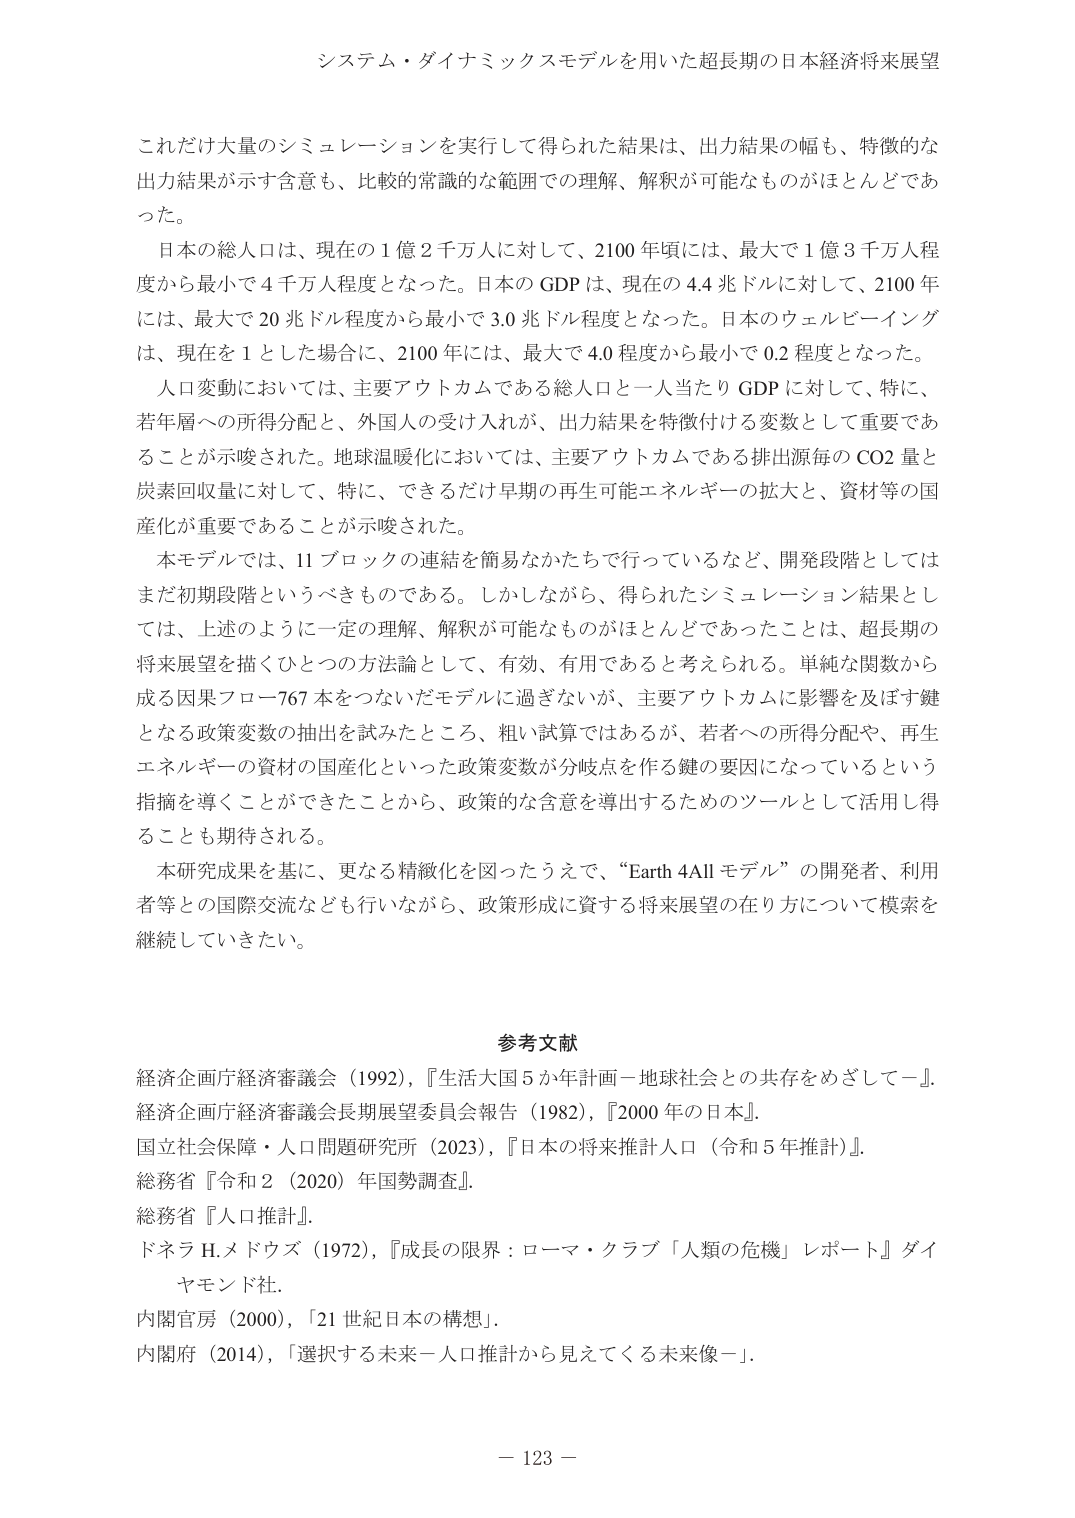
システム・ダイナミックスモデルを用いた超長期の日本経済将来展望

これだけ大量のシミュレーションを実行して得られた結果は、出力結果の幅も、特徴的な出力結果が示す含意も、比較的常識的な範囲での理解、解釈が可能なものがほとんどであった。

日本の総人口は、現在の１億２千万人に対して、2100年頃には、最大で１億３千万人程度から最小で４千万人程度となった。日本のGDPは、現在の4.4兆ドルに対して、2100年には、最大で20兆ドル程度から最小で3.0兆ドル程度となった。日本のウェルビーイングは、現在を1とした場合に、2100年には、最大で4.0程度から最小で0.2程度となった。

人口変動においては、主要アウトカムである総人口と一人当たりGDPに対して、特に、若年層への所得分配と、外国人の受け入れが、出力結果を特徴付ける変数として重要であることが示唆された。地球温暖化においては、主要アウトカムである排出源毎のCO2量と炭素回収量に対して、特に、できるだけ早期の再生可能エネルギーの拡大と、資材等の国産化が重要であることが示唆された。

本モデルでは、11ブロックの連結を簡易なかたちで行っているなど、開発段階としてはまだ初期段階というべきものである。しかしながら、得られたシミュレーション結果としては、上述のように一定の理解、解釈が可能なものがほとんどであったことは、超長期の将来展望を描くひとつの方法論として、有効、有用であると考えられる。単純な関数から成る因果フロー767本をつないだモデルに過ぎないが、主要アウトカムに影響を及ぼす鍵となる政策変数の抽出を試みたところ、粗い試算ではあるが、若者への所得分配や、再生エネルギーの資材の国産化といった政策変数が分岐点を作る鍵の要因になっているという指摘を導くことができたことから、政策的な含意を導出するためのツールとして活用し得ることも期待される。

本研究成果を基に、更なる精緻化を図ったうえで、「Earth 4Allモデル」の開発者、利用者等との国際交流なども行いながら、政策形成に資する将来展望の在り方について模索を継続していきたい。

参考文献

経済企画庁経済審議会（1992），『生活大国5か年計画－地球社会との共存をめざして－』。

経済企画庁経済審議会長期展望委員会報告（1982），『2000年の日本』。

国立社会保障・人口問題研究所（2023），『日本の将来推計人口（令和5年推計）』。

総務省『令和2（2020）年国勢調査』。

総務省『人口推計』。

ドネラH.メドウズ（1972），『成長の限界：ローマ・クラブ「人類の危機」レポート』ダイヤモンド社。

内閣官房（2000），「21世紀日本の構想」。

内閣府（2014），「選択する未来－人口推計から見えてくる未来像－」。

－ 123 －